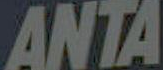
ANTA